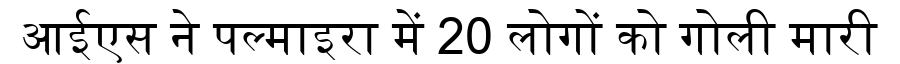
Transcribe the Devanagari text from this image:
आईएस ने पल्माइरा में 20 लोगों को गोली मारी